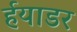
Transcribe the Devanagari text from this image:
र्हयाडर